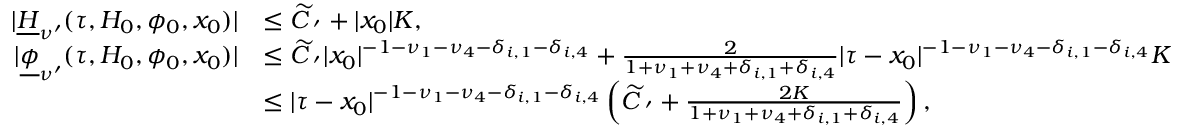
\begin{array} { r l } { \vert \underline { H } _ { \nu ^ { \prime } } ( \tau , H _ { 0 } , \phi _ { 0 } , x _ { 0 } ) \vert } & { \le \widetilde C _ { \mathbf \nu ^ { \prime } } + \vert x _ { 0 } \vert K , } \\ { \vert \underline { \phi } _ { \nu ^ { \prime } } ( \tau , H _ { 0 } , \phi _ { 0 } , x _ { 0 } ) \vert } & { \le \widetilde C _ { \mathbf \nu ^ { \prime } } \vert x _ { 0 } \vert ^ { - 1 - \nu _ { 1 } - \nu _ { 4 } - \delta _ { i , 1 } - \delta _ { i , 4 } } + \frac { 2 } { 1 + \nu _ { 1 } + \nu _ { 4 } + \delta _ { i , 1 } + \delta _ { i , 4 } } \vert \tau - x _ { 0 } \vert ^ { - 1 - \nu _ { 1 } - \nu _ { 4 } - \delta _ { i , 1 } - \delta _ { i , 4 } } K } \\ & { \le \vert \tau - x _ { 0 } \vert ^ { - 1 - \nu _ { 1 } - \nu _ { 4 } - \delta _ { i , 1 } - \delta _ { i , 4 } } \left( \widetilde C _ { \mathbf \nu ^ { \prime } } + \frac { 2 K } { 1 + \nu _ { 1 } + \nu _ { 4 } + \delta _ { i , 1 } + \delta _ { i , 4 } } \right) , } \end{array}